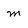
Character: m